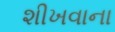
શીખવાના